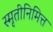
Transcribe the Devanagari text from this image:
स्मृतीनिमित्त